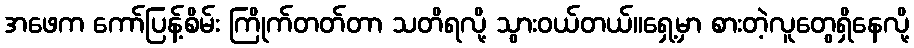
အဖေက ကော်ပြန့်စိမ်း ကြိုက်တတ်တာ သတိရလို့ သွားဝယ်တယ်။ရှေ့မှာ စားတဲ့လူတွေရှိနေလို့